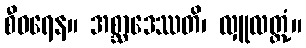
စီဝရေန။ အစ္ဆာဒေဿတိ၊ လှူလတ္တံ့။